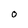
Character: O